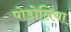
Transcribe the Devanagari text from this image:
पोडोलिया